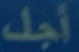
أجلك